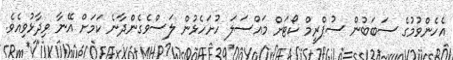
އެހެންވުމުގެ ސަބަބުން ސުޕްރީމް ކޯޓަށް މައްސަލަ ހުށަހެޅުން ލަަސްވެގެންދާނެ ކަމަށް އޭނާ ވިދާޅުވިއެވެ.